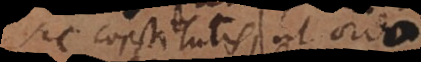
sic constitutis, ut ordo